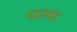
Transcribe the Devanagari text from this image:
पखा